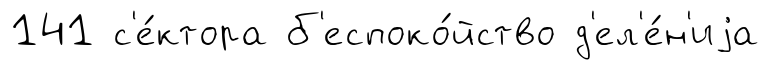
141 с'е́ктора б'еспоко́йство д'ел'е́н'иjа